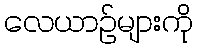
လေယာဉ်များကို